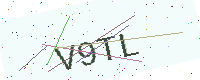
Text: V9TL